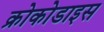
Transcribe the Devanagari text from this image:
क्रोकोडाइस